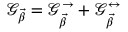
\mathcal { G } _ { \Vec { \beta } } = \mathcal { G } _ { \Vec { \beta } } ^ { \rightarrow } + \mathcal { G } _ { \Vec { \beta } } ^ { \leftrightarrow }